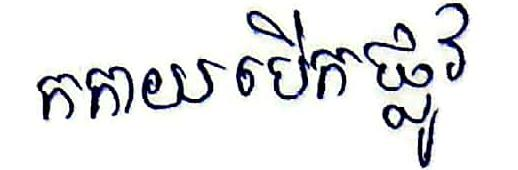
កកាយបើកផ្លូវ